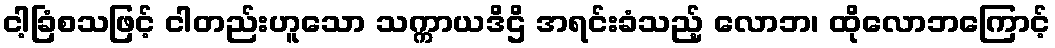
ငါ့ခြံစသဖြင့် ငါတည်းဟူသော သက္ကာယဒိဌိ အရင်းခံသည့် လောဘ၊ ထိုလောဘကြောင့်